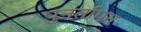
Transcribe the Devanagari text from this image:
पुनर्तापन